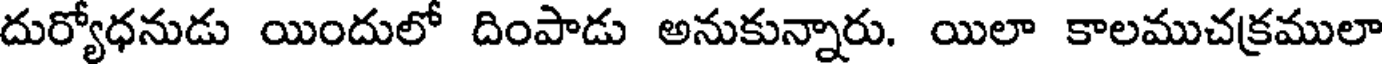
దుర్యోధనుడు యిందులో దింపాడు అనుకున్నారు. యిలా కాలముచక్రములా